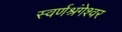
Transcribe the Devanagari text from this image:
स्वर्णश्रंगेश्वर